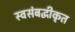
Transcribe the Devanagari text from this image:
स्वसंबद्धीकृत